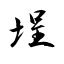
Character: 埕